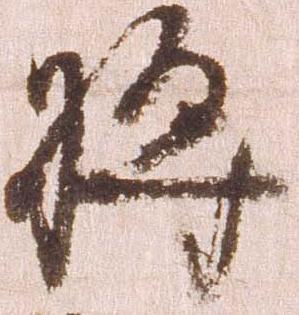
将